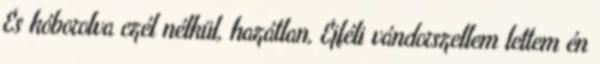
És kóborolva czél nélkül, hazátlan, Éjféli vándorszellem lettem én